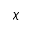
\chi